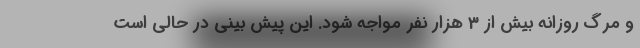
و مرگ روزانه بیش از 3 هزار نفر مواجه شود. این پیش بینی در حالی است